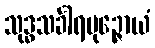
သုဒ္ဓသင်္ခါရပုဉ္ဇောယံ